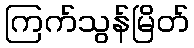
ကြက်သွန်မြိတ်